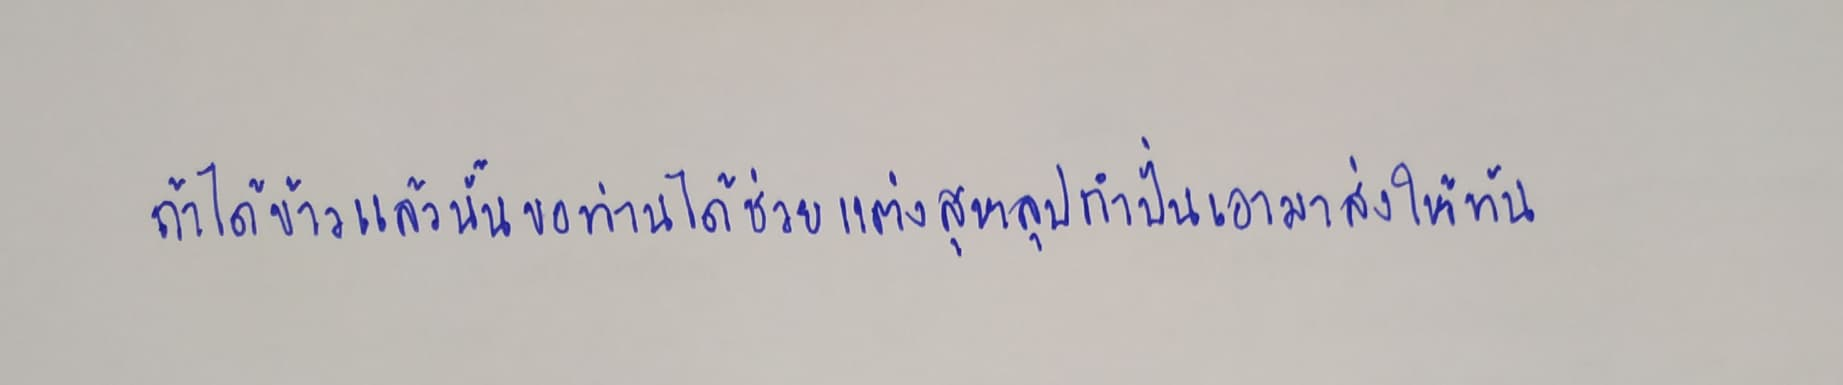
ถ้าได้ข้าวแล้วนั้นขอท่านได้ช่วยแต่งสุหลุปกำปั่นเอามาส่งให้ทัน